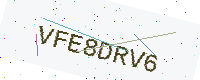
Text: VFE8DRV6